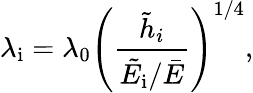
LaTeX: \lambda_{\mathrm{i}}=\lambda_{0}\left(\frac{\tilde{h}_{i}}{\tilde{E_{\mathrm{i}}}/\bar{E}}\right)^{1/4},